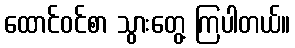
ထောင်ဝင်စာ သွားတွေ့ ကြပါတယ်။